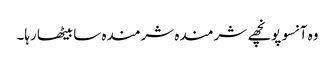
وہ آنسو پونچھے شرمندہ شرمندہ سا بیٹھا رہا۔